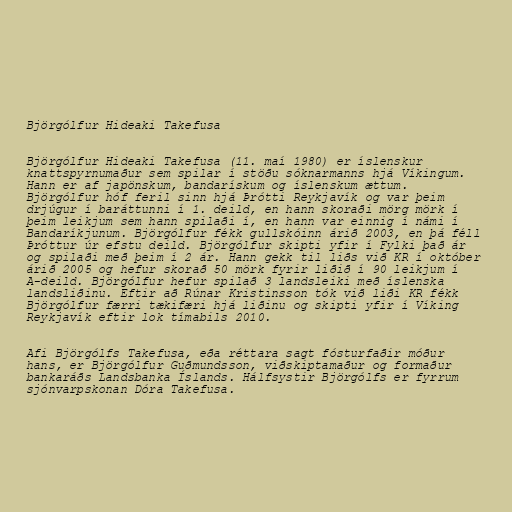
Björgólfur Hideaki Takefusa

Björgólfur Hideaki Takefusa (11. maí 1980) er íslenskur
knattspyrnumaður sem spilar í stöðu sóknarmanns hjá Víkingum.
Hann er af japönskum, bandarískum og íslenskum ættum.
Björgólfur hóf feril sinn hjá Þrótti Reykjavík og var þeim
drjúgur í baráttunni í 1. deild, en hann skoraði mörg mörk í
þeim leikjum sem hann spilaði í, en hann var einnig í námi í
Bandaríkjunum. Björgólfur fékk gullskóinn árið 2003, en þá féll
Þróttur úr efstu deild. Björgólfur skipti yfir í Fylki það ár
og spilaði með þeim í 2 ár. Hann gekk til liðs við KR í október
árið 2005 og hefur skorað 50 mörk fyrir liðið í 90 leikjum í
A-deild. Björgólfur hefur spilað 3 landsleiki með íslenska
landsliðinu. Eftir að Rúnar Kristinsson tók við liði KR fékk
Björgólfur færri tækifæri hjá liðinu og skipti yfir í Víking
Reykjavík eftir lok tímabils 2010.

Afi Björgólfs Takefusa, eða réttara sagt fósturfaðir móður
hans, er Björgólfur Guðmundsson, viðskiptamaður og formaður
bankaráðs Landsbanka Íslands. Hálfsystir Björgólfs er fyrrum
sjónvarpskonan Dóra Takefusa.